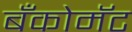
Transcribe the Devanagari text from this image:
बँकोमॅट